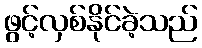
ဖွင့်လှစ်နိုင်ခဲ့သည်